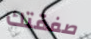
صفقتك